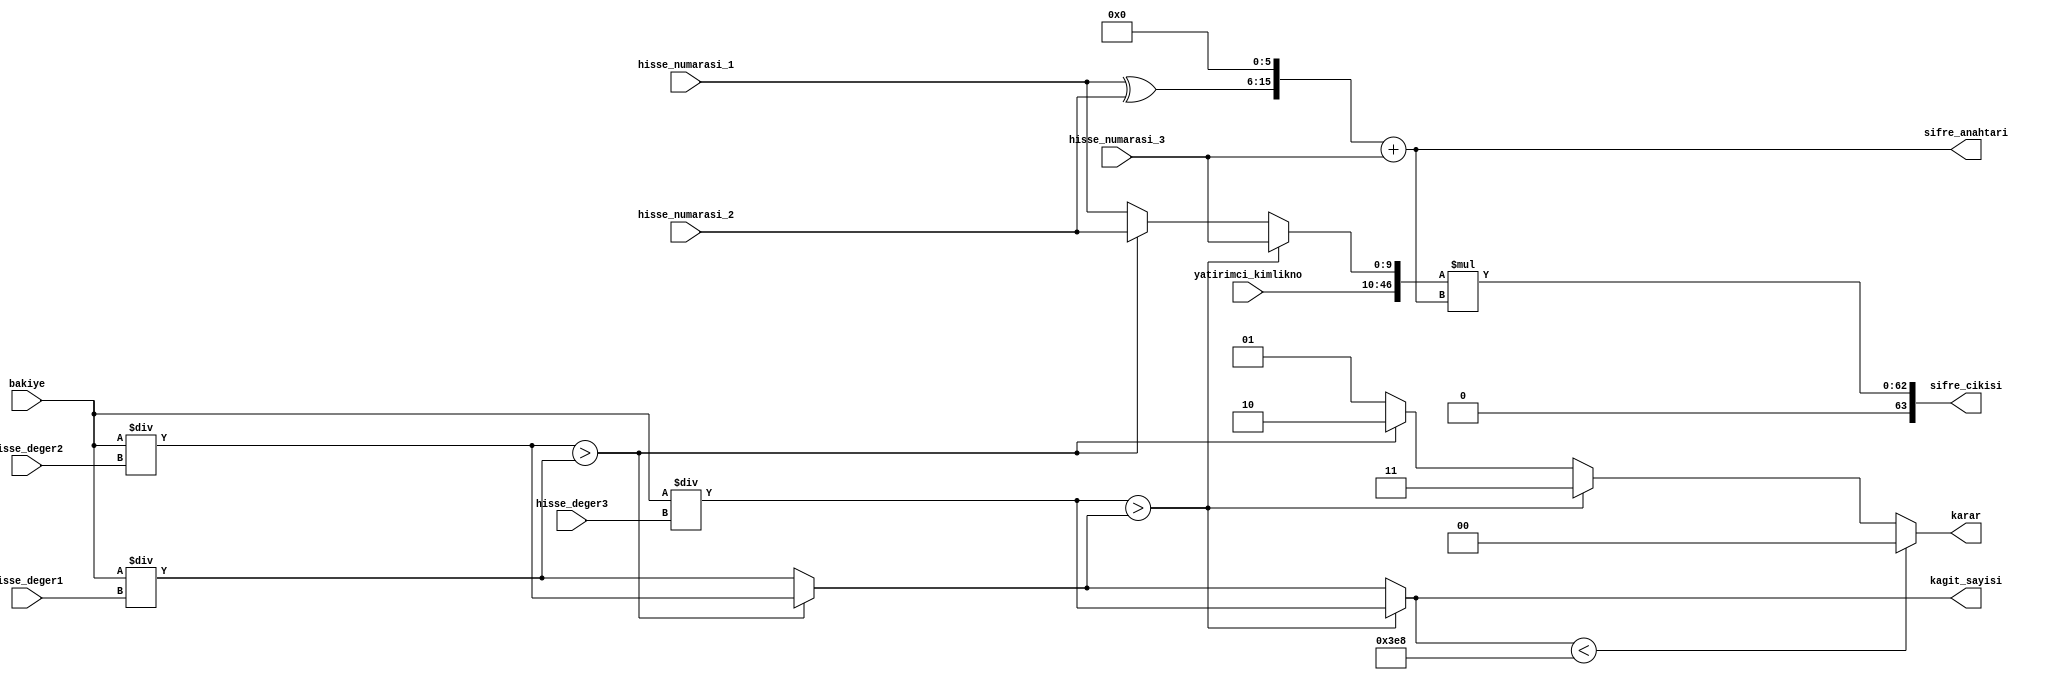
`timescale 1ns / 1ps

module borsa_guvenli(
    input [9:0]hisse_numarasi_1,
    input [31:0]hisse_deger1,
    input [9:0]hisse_numarasi_2,
    input [31:0]hisse_deger2,
    input [9:0]hisse_numarasi_3,
    input [31:0]hisse_deger3,
    input [63:0]bakiye,
    output [1:0]karar,
    output [63:0]kagit_sayisi,
    input [36:0]yatirimci_kimlikno,
    output [63:0]sifre_cikisi,
    output [15:0]sifre_anahtari
    );
    
    reg [63:0]r_kagit_sayisi ;
    reg [9:0]r_hisse_no ;
    reg [1:0]r_karar ;
    reg [15:0]sifre_anahtari_r;
    reg [63:0] r_sifre_cikisi ;
    
    always@(*)begin
            r_kagit_sayisi = bakiye / hisse_deger1 ;
            r_hisse_no = hisse_numarasi_1 ;
            r_karar = 2'd1 ;
            if((bakiye / hisse_deger2) > r_kagit_sayisi)begin
                r_kagit_sayisi = bakiye / hisse_deger2 ;
                r_hisse_no = hisse_numarasi_2 ;
                r_karar = 2'd2 ;
            end
            if((bakiye / hisse_deger3) > r_kagit_sayisi)begin
                r_kagit_sayisi = bakiye / hisse_deger3 ;
                r_hisse_no = hisse_numarasi_3 ;
                r_karar = 2'd3 ;
            end
            
            if( r_kagit_sayisi <1000)begin
                r_karar = 2'd0  ;
            end
            
            sifre_anahtari_r = ((hisse_numarasi_1 ^ hisse_numarasi_2)<<6) + hisse_numarasi_3 ;
            r_sifre_cikisi = {yatirimci_kimlikno,r_hisse_no} * sifre_anahtari_r;
    end
    
    assign kagit_sayisi = r_kagit_sayisi ;
    assign karar = r_karar ;  
    assign sifre_anahtari = sifre_anahtari_r ;
    assign sifre_cikisi = r_sifre_cikisi ;
    
endmodule